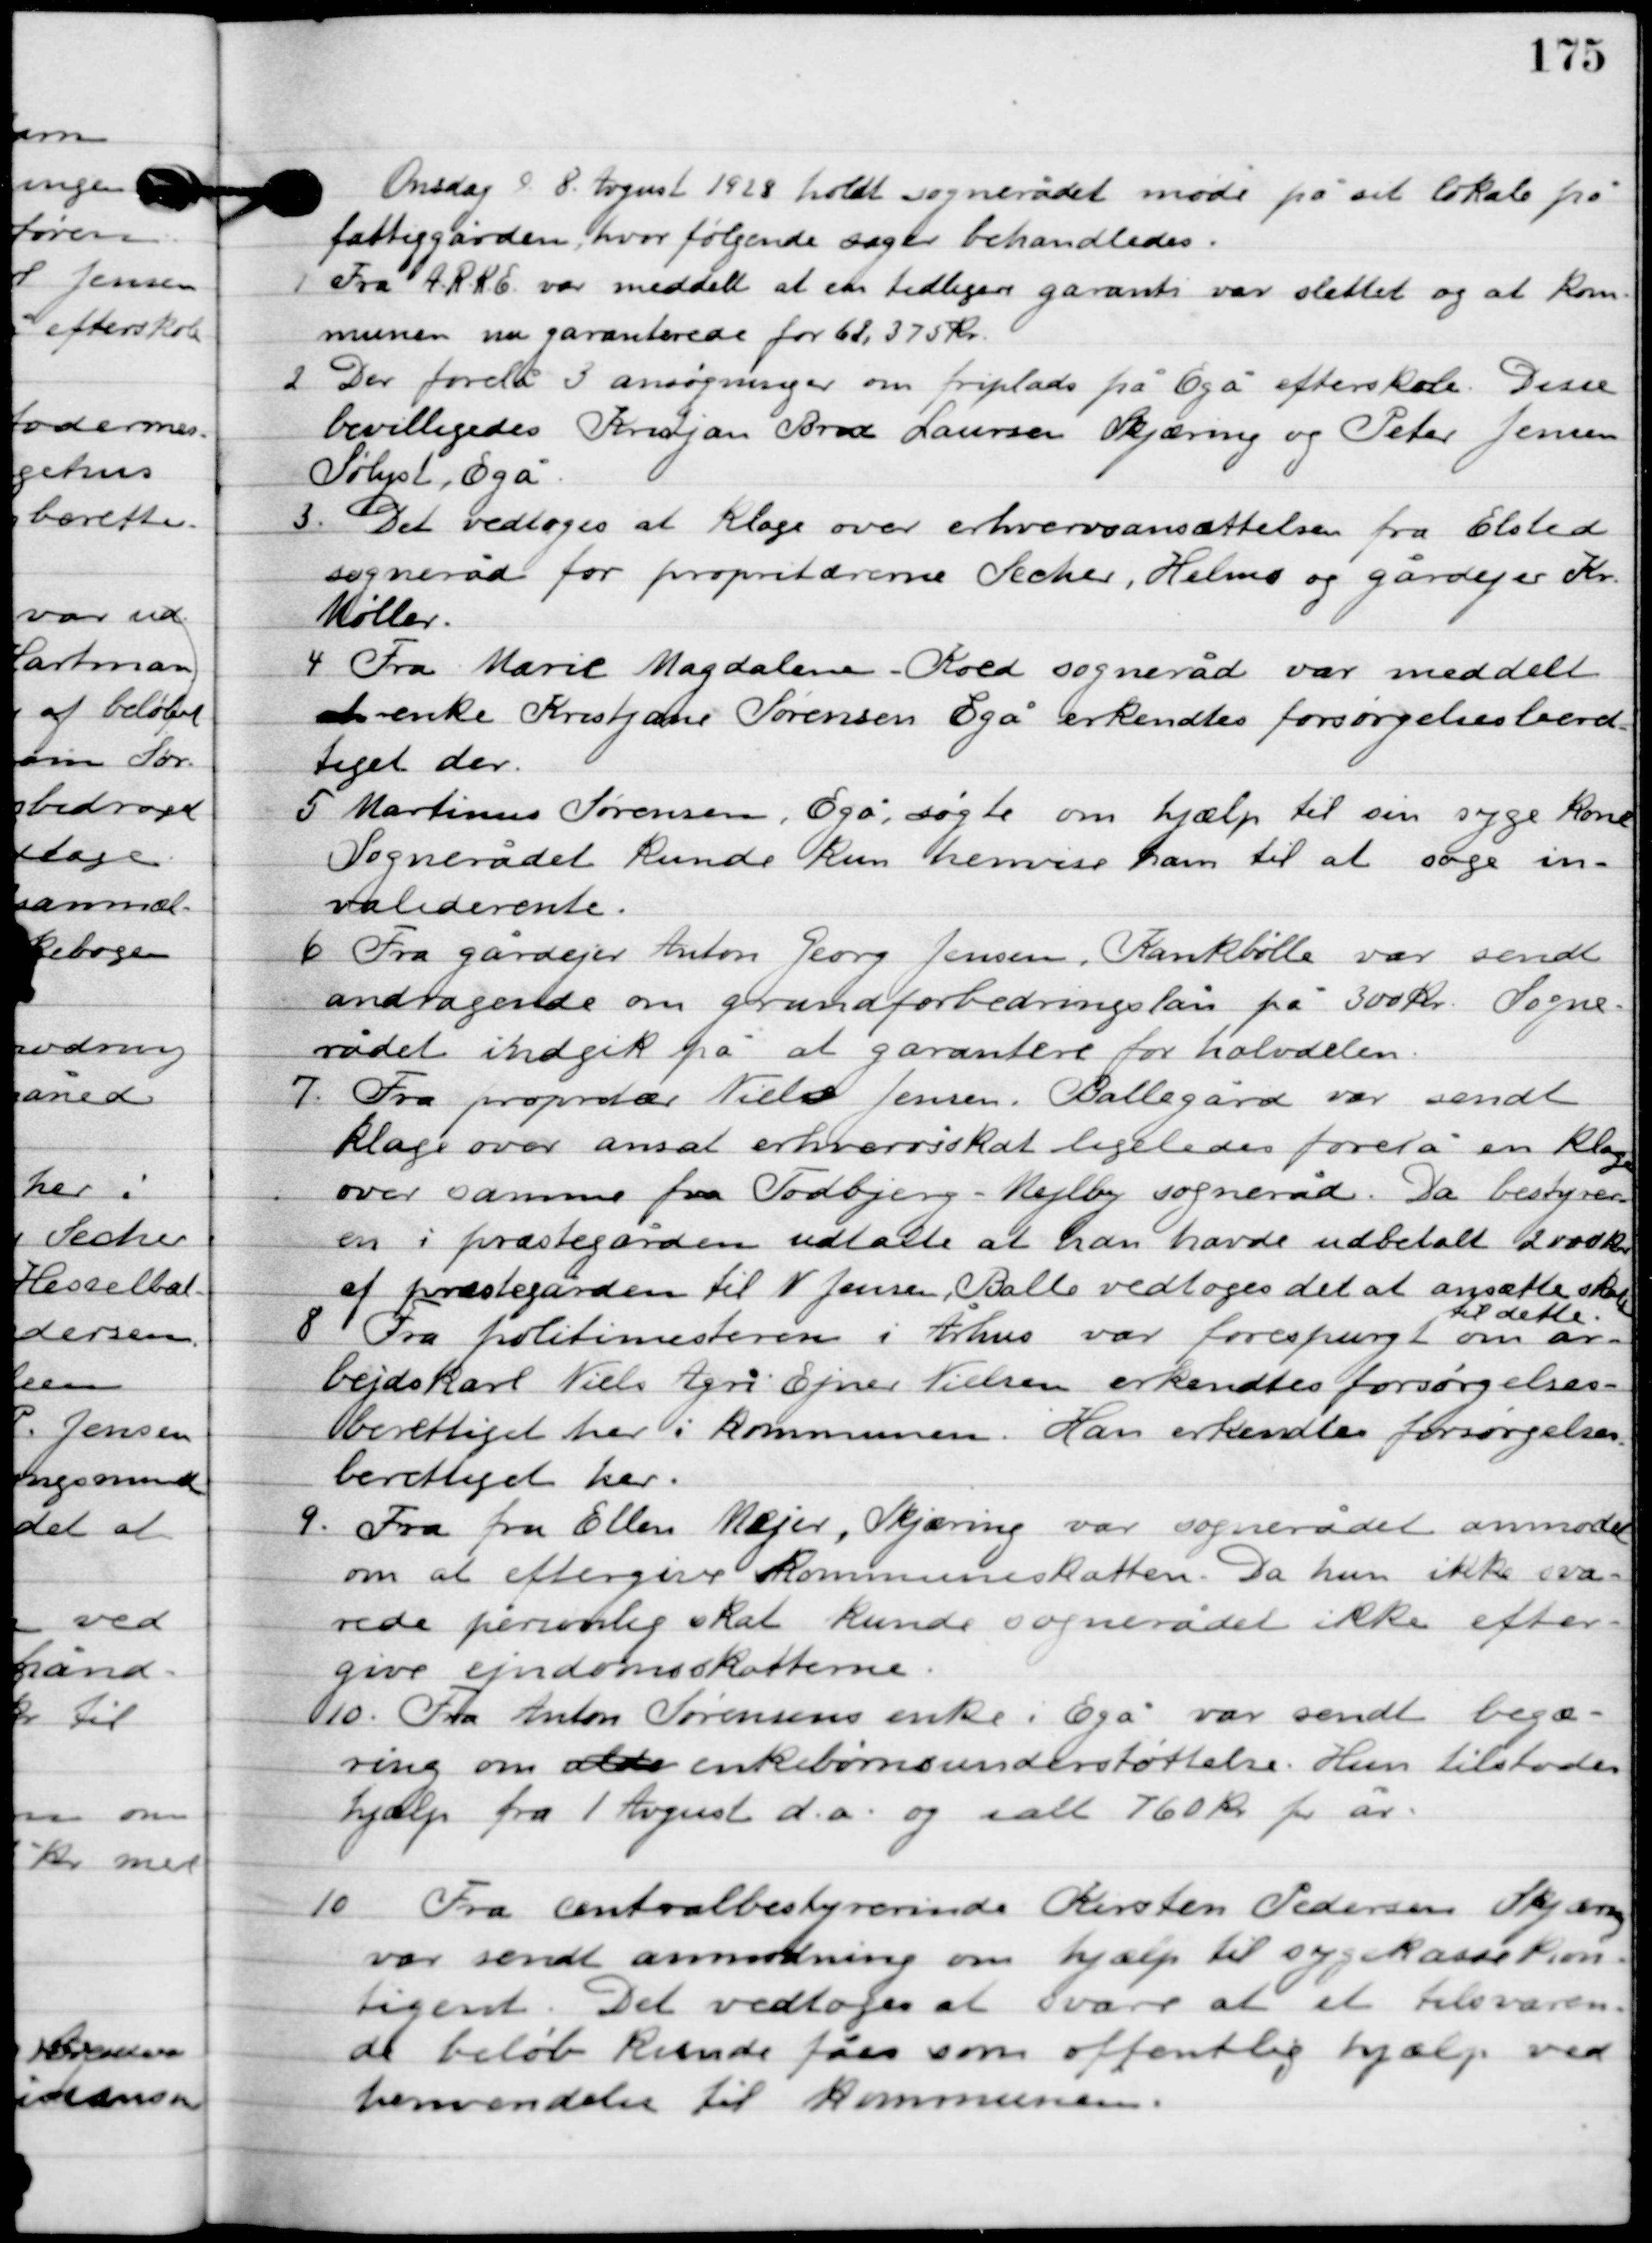
Transskription:
Onsdag D. 18. August 1928 holdt sognerådet møde på sit lokale på
fattiggården, hvor følgende sager behandledes.

1

Fra A.R.K.E. var meddelt at en tidligere garanti vat slettet og at kom-
munen nu garanterede for 62.375 kr.

2

Der forelå 3 ansøgninger om friplads på Egå efterskole. Disse
bevilligedes. Kristjan Brod Laursen Skæring og Peter Jensen
Sølyst, Egå.

3

Det vedtoges at klage over erhvervsansættelsen fra Elsted
sogneråd for proprietæren Secher, Helms og gårdejer Kr.
Møller.

4

Fra Marie Magdalene-Koed sogneråd var meddelt
at enke Kristjane sørensene gå erkendtes forsørgelsesberet-
tiget der.

5

Martinus Sørensen, Egå søgte om hjælp til sin syge kone.
Sognerådet kunne kun henvise ham til at søge in-
valderente.

6

Fra gårdejer Anton Georg Jensen, Krankbølle var sendt
andragende om grundforbedringslån på 300 kr. Sogne-
rådet indgik på at garanterer for halvdelen.

7

Fra proprietær Niels Jensen, Ballegård var sendt
klage over ansat erhvervsskat ligeledes forelå en klage
over samme fra Todbjerg-Mejlby sogneråd. Da bestyrer-
 en i præstegården udtalte at han havde udbetalt 200 kr.
af præstegården til N. Jensen, balle vedtoges det at ansætte skatten
til dette.

8

Fra politimesteren i Århus var forespurgt om ar-
bejdskarl Niels Agri Ejner Nielsen erkendtes forsørgelses-
berettiget her i kommunen. Han erkendes forsørgelses-
berettiget her.

9

Fra fru Ellen Mejer, Skjæring var sognerådet anmodet
om at eftergive kommuneskatten. Da hun ikke sva-
rede personlig skat kunde sognerådet ikke efter-
give ejendomsskatterne.

10

Fra Anton Sørensens enke i Egå var sendt begæ-
ring om enkebørnsunderstøttelse. Hun tilstodes
hjælp fra 1. August d.a. og i alt 760 kr. pr. år.

10

Fra centralbestyrerinde Kirsten Pedersen Skjæring
var sendt anmodning om hjælp til sygekassekon-
tingent. Det vedtoges at svare at et tilsvaren-
de beløb kunde fåes som offentlig hjælp ved
henvendelse til kommunen.